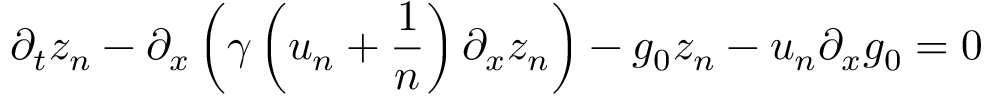
\partial _ { t } z _ { n } - \partial _ { x } \left( \gamma \left( u _ { n } + \frac { 1 } { n } \right) \partial _ { x } z _ { n } \right) - g _ { 0 } z _ { n } - u _ { n } \partial _ { x } g _ { 0 } = 0